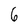
Character: 6